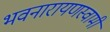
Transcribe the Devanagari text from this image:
भवनारायणस्‍वामी